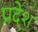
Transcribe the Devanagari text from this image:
प्रदे्श